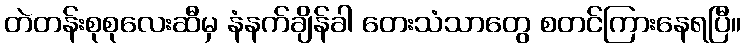
တဲတန်းစုစုလေးဆီမှ နံနက်ချိန်ခါ တေးသံသာတွေ စတင်ကြားနေရပြီ။